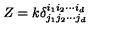
Z = k \delta _ { j _ { 1 } j _ { 2 } \cdots j _ { d } } ^ { i _ { 1 } i _ { 2 } \cdots i _ { d } } \,